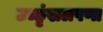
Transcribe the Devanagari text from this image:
उच्छृंखलपणा